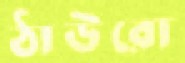
ঠাউরো